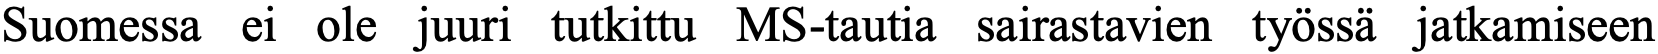
Suomessa ei ole juuri tutkittu MS-tautia sairastavien työssä jatkamiseen